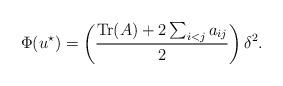
LaTeX: \begin{align*}\Phi(u^{\star})=\left(\frac{\mathrm{T}\mathrm{r}(A)+2\sum_{i<j}a_{ij}}{2}\right)\delta^{2}.\end{align*}